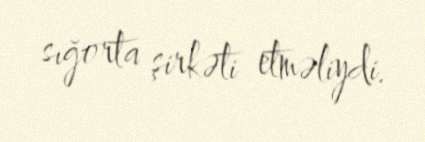
sığorta şirkəti etməliydi.